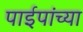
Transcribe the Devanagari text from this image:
पाईपांच्या